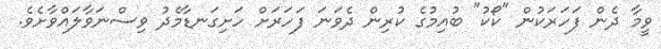
ވީމާ ދެން ފަހަރަކުން "ކޯކު" ބުއިމުގެ ކުރިން ދެވަނަ ފަހަރަށް ހަށިގަނޑާމެދު ވިސްނަވާލައްވާށެވެ.